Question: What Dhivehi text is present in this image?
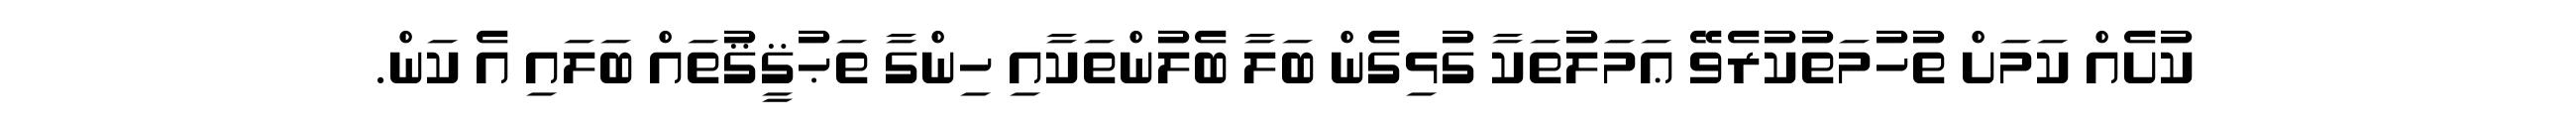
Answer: ކުށެއް ކަމަށް ތުހުމަތުކުރެވޭ ޢަމަލުތަކާ ގުޅިގެން ބަލާ ބެލުންތަކާއި ހިންގާ ތަޙުޤީޤުތައް ބަލައި އެ ކަން.